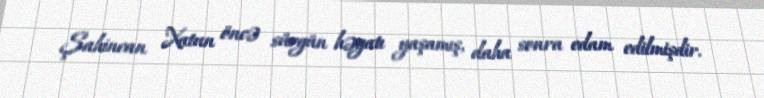
Şahincan Xatun öncə sürgün həyatı yaşamış, daha sonra edam edilmişdir.